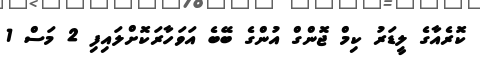
ކޮރެއާގެ ލީޑަރު ކިމް ޖޮންގް އުންގެ ބޭބެ އަވަހާރަކޮށްލައިފި 2 މަސް 1